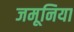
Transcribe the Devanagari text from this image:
जमूनिया